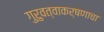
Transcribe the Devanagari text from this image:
गुरुवत्वाकर्षणाचा